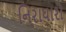
નિરાધારો